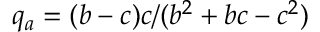
q _ { a } = ( b - c ) c / ( b ^ { 2 } + b c - c ^ { 2 } )